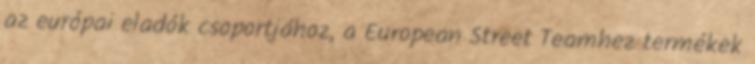
az európai eladók csoportjához, a European Street Teamhez termékek